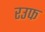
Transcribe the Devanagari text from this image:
रउफ